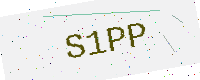
Text: S1PP